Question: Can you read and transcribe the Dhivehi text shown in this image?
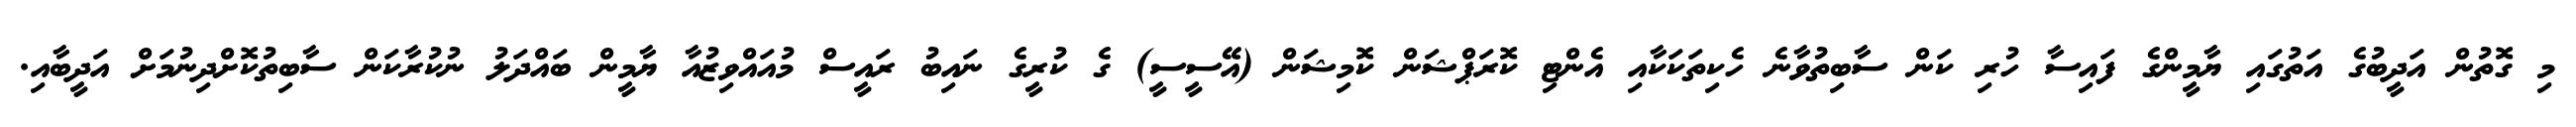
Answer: މި ގޮތުން އަދީބުގެ އަތުގައި ޔާމީންގެ ފައިސާ ހުރި ކަން ސާބިތުވާނެ ހެކިތަކަކާއި އެންޓި ކޮރަޕްޝަން ކޮމިޝަން (އޭސީސީ) ގެ ކުރީގެ ނައިބު ރައީސް މުއައްވިޒުއާ ޔާމީން ބައްދަލު ނުކުރާކަން ސާބިތުކޮށްދިނުމަށް އަދީބާއި.